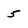
Character: 5